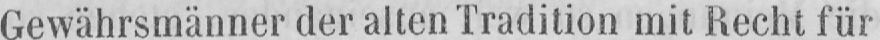
Gewährsmänner der alten Tradition mit Recht für